Report of the Indian Hemp Drugs Commission, 1894-1895 - Volume III
Year: 1894
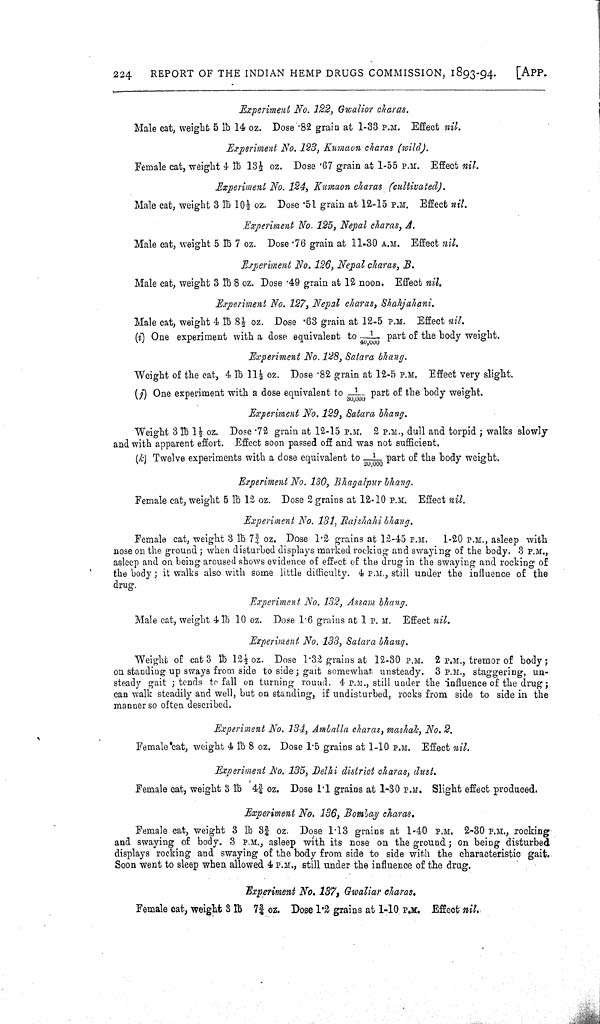
224
REPORT OF THE INDIAN HEMP DRUGS COMMISSION, 1893-94.
[APP.
Experiment No. 122, Gwalior charas.
Male cat, weight 5 lb 14 oz. Dose .82 grain at 1-33 P.M. Effect nil.
Experiment No. 123, Kumaon charas (wild).
Female cat, weight 4 lb 131/2 oz. Dose .67 grain at 1-55 P.M. Effect nil.
Experiment No. 124, Kumaon charas (cultivated).
Male cat, weight 3 lb 101/2 oz. Dose .51 grain at 12-15 P.M. Effect nil,
Experiment No. 125, Nepal charas, A.
Male cat, weight 5 lb 7 oz. Dose .76 grain at 11-30 A.M. Effect nil.
Experiment No. 126, Nepal charas, B.
Male cat, weight 3 lb 8 oz. Dose .49 grain at 12 noon. Effect nil.
Experiment No. 127, Nepal charas, Shahjahani.
Male cat, weight 4 lb 81/2 oz. Dose .63 grain at 12-5 P.M. Effect nil.
(i) One experiment with a dose equivalent to 1/40,000 part of the body weight.
Experiment No. 128, Satara bhang.
Weight of the cat, 4 lb 111/2 oz. Dose .82 grain at 12-5 P.M. Effect very slight.
(j) One experiment with a dose equivalent to 1/40,000 part of the body weight.
Experiment No. 129, Satara bhang.
Weight 3 lb 11/2 oz. Dose .72 grain at 12-15 P.M. 2 P.M., dull and torpid; walks slowly
and with apparent effort. Effect soon passed off and was not sufficient.
(k) Twelve experiments with a dose equivalent to 1/20,000 part of the body weight.
Experiment No. 130, Bhagalpur bhang.
Female cat, weight 5 lb 12 oz. Dose 2 grains at 12.10 P.M. Effect nil.
Experiment
No.
131,
Rajshahi
bhang.
Female cat, weight 3 lb 73/4 oz. Dose 1.2 grains at 12-45 P.M. 1-20 P.M., asleep with
nose on the ground; when disturbed displays marked rocking and swaying of the body. 3 P.M.,.
asleep and on being aroused shows evidence of effect of the drug in the swaying and rocking of
the body; it walks also with some little difficulty. 4 P.M., still under the influence of the
drug.
Experiment No. 132, Assam bhang.
Male cat, weight 4 lb 10 oz. Dose 1.6 grains at 1 P. M. Effect nil.
Experiment No. 133, Satara bhang.
Weight of cat 3 lb 121/2 oz. Dose 1.32 grains at 12-30 P.M. 2 P.M., tremor of body;
on standing up sways from side to side; gait somewhat, unsteady. 3 P.M., staggering, un-
steady gait; tends to fall on turning round. 4 P.M., still under the influence of the drug;
can walk steadily and well, but on standing, if undisturbed, rocks from side to side in the
manner so often described.
Experiment No. 134, Amballa charas, mashak, No. 2.
Female cat, weight 4 lb 8 oz. Dose 1.5 grains at 1-10 P.M. Effect nil.
Experiment No. 135, Delhi district charas, dust.
Female cat, weight 3 lb 43/4 oz. Dose 1.1 grains at 1-30 P.M. Slight effect produced.
Experiment No. 136, Bombay charas.
Female cat, weight 3 lb 33/4 oz. Dose 1.13 grains at 1-40 P.M. 2-30 P.M., rocking
and swaying of body. 3 P.M., asleep with its nose on the ground; on being disturbed
displays rocking and swaying of the body from side to side with the characteristic gait.
Soon went to sleep when allowed 4 P.M., still under the influence of the drug.
Experiment No. 137, Gwaliar charas.
Female cat, weight 3 lb 73/4 oz. Dose 1.2 grains at 1-10 P.M. Effect nil.